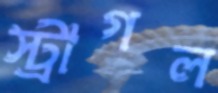
স্ট্রাগল